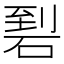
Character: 𥓬